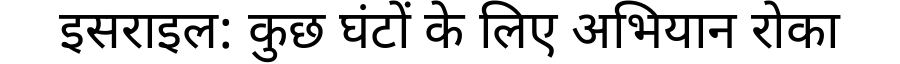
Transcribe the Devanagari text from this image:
इसराइल: कुछ घंटों के लिए अभियान रोका